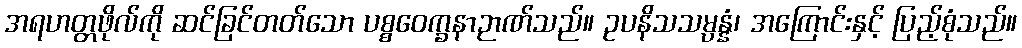
အရဟတ္တဖိုလ်ကို ဆင်ခြင်တတ်သော ပစ္စဝေက္ခနာဉာဏ်သည်။ ဥပနိသသမ္ပန္နံ၊ အကြောင်းနှင့် ပြည့်စုံသည်။